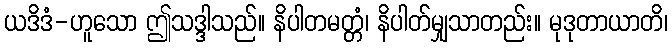
ယဒိဒံ-ဟူသော ဤသဒ္ဒါသည်။ နိပါတမတ္တံ၊ နိပါတ်မျှသာတည်း။ မုဒုတာယာတိ၊